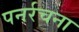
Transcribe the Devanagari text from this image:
पनर्रचना